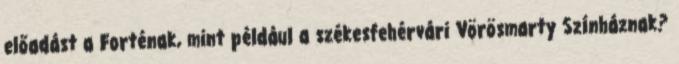
előadást a Forténak, mint például a székesfehérvári Vörösmarty Színháznak?